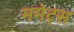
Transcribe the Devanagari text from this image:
ममेट्स